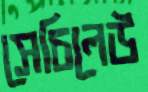
সেচিলেউ